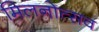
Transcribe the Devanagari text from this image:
मिलनोत्सव